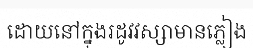
ដោយនៅក្នុងរដូវវស្សាមានភ្លៀង